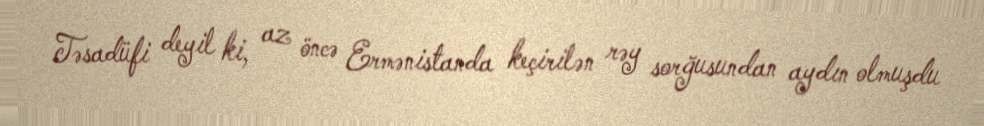
Təsadüfi deyil ki, az öncə Ermənistanda keçirilən rəy sorğusundan aydın olmuşdu